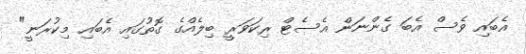
އެބައި ވެސް އެބަ ގެންނަން އެސެޓް ރިކަވަރީ ބިލެއްގެ ގޮތުގައި އެބައި މިކުރަނީ"